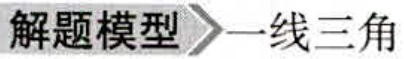
解题模型\rightarrow 一线三角